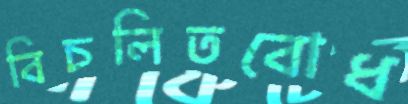
বিচলিতবোধ